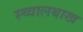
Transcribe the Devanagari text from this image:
स्च्वालबाख